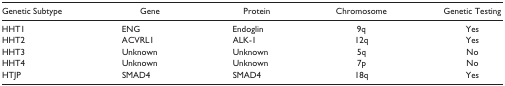
<table><thead><tr><td><b>Genetic Subtype</b></td><td><b>Gene</b></td><td><b>Protein</b></td><td><b>Chromosome</b></td><td><b>Genetic Testing</b></td></tr></thead><tbody><tr><td>HHT1</td><td>ENG</td><td>Endoglin</td><td>9q</td><td>Yes</td></tr><tr><td>HHT2</td><td>ACVRL1</td><td>ALK-1</td><td>12q</td><td>Yes</td></tr><tr><td>HHT3</td><td>Unknown</td><td>Unknown</td><td>5q</td><td>No</td></tr><tr><td>HHT4</td><td>Unknown</td><td>Unknown</td><td>7p</td><td>No</td></tr><tr><td>HTJP</td><td>SMAD4</td><td>SMAD4</td><td>18q</td><td>Yes</td></tr></tbody></table>